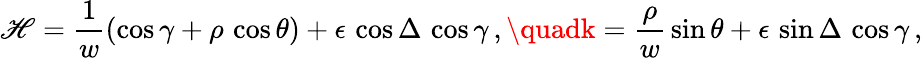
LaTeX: \mathscr{H}=\frac{{1}}{{w}}\left(\cos\gamma+\rho\, \cos\theta\right)+\epsilon\, \cos\Delta\, \cos\gamma\, ,\quadk=\frac{{\rho}}{{w}}\, \sin\theta+\epsilon\, \sin\Delta\, \cos\gamma\, ,